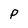
Character: P